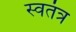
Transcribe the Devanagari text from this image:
स्वतंत्र